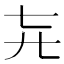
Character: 𬺽